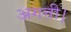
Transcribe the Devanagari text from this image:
अगत्ती।